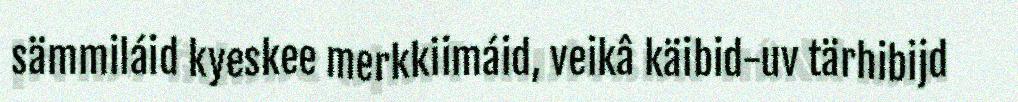
sämmiláid kyeskee merkkiimáid, veikâ käibid-uv tärhibijd